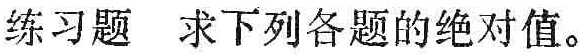
练习题 求下列各题的绝对值。